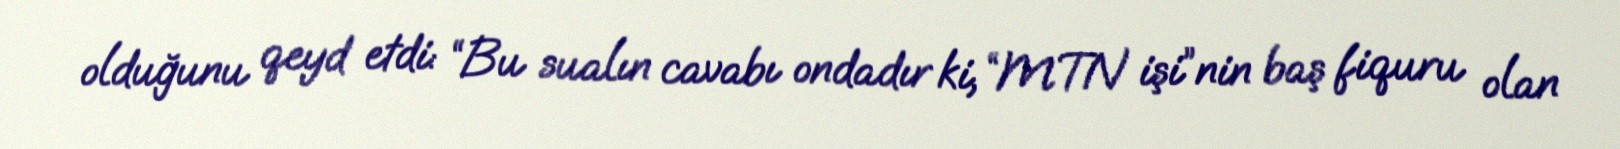
olduğunu qeyd etdi: “Bu sualın cavabı ondadır ki, “MTN işi”nin baş fiquru olan